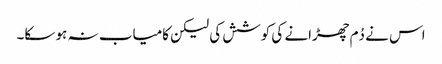
اس نے دُم چھڑانے کی کوشش کی لیکن کامیاب نہ ہو سکا۔